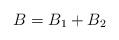
LaTeX: \begin{align*} B=B_{1}+B_{2}\end{align*}